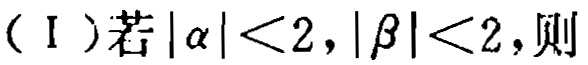
（Ⅰ）若\(|\alpha|<2,|\beta|<2\)，则